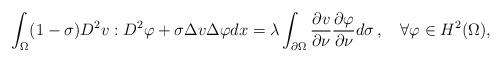
LaTeX: \begin{align*}\int_{\Omega}(1-\sigma)D^2v:D^2\varphi+\sigma\Delta v\Delta\varphi dx=\lambda\int_{\partial\Omega}\frac{\partial v}{\partial\nu}\frac{\partial\varphi}{\partial\nu}d\sigma\,,\ \ \ \forall\varphi\in H^2(\Omega),\end{align*}